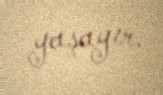
yaşayır.